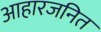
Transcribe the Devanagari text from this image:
आहारजनित